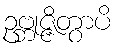
ဥဗ္ဘုဇ္ဇိတွာပိ